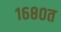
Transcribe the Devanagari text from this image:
१६८०त